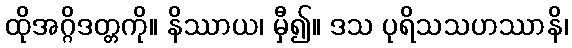
ထိုအဂ္ဂိဒတ္တကို။ နိဿာယ၊ မှီ၍။ ဒသ ပုရိသသဟဿာနိ၊